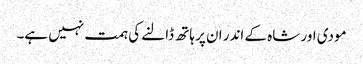
مودی اور شاہ کے اندر ان پر ہاتھ ڈالنے کی ہمت نہیں ہے۔